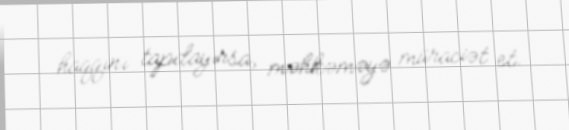
haqqını tapdayırsa, məhkəməyə müraciət et.